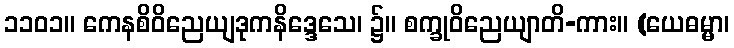
၁၁၀၁။ ကေနစိဝိညေယျဒုကနိဒ္ဒေသေ၊ ၌။ စက္ခုဝိညေယျာတိ-ကား။ (ယေဓမ္မာ၊